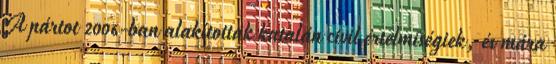
A pártot 2006-ban alakították katalán civil értelmiségiek, és mára